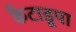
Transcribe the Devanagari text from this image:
कैटाडूपा